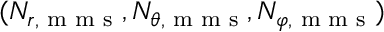
( N _ { r , \textrm { m m s } } , N _ { \theta , \textrm { m m s } } , N _ { \varphi , \textrm { m m s } } )